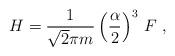
LaTeX: \begin{align*}H = \frac{1}{\sqrt{2}\pi m} \left(\frac{\alpha}{2}\right)^3 \, F \ ,\end{align*}